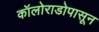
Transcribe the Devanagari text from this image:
कॉलोराडोपासून